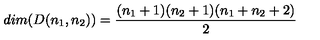
d i m ( D ( n _ { 1 } , n _ { 2 } ) ) = \frac { ( n _ { 1 } + 1 ) ( n _ { 2 } + 1 ) ( n _ { 1 } + n _ { 2 } + 2 ) } { 2 }